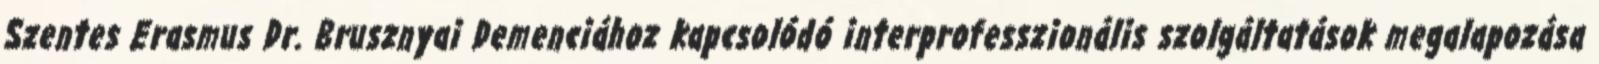
Szentes Erasmus Dr. Brusznyai Demenciához kapcsolódó interprofesszionális szolgáltatások megalapozása